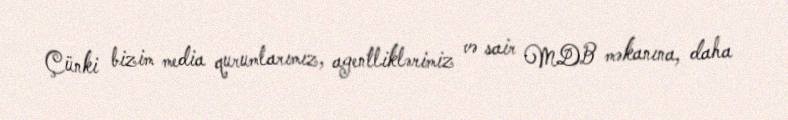
Çünki bizim media qurumlarımız, agentliklərimiz və sair MDB məkanına, daha